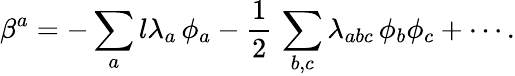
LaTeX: \beta^{a}=-\sum_{a}l\lambda_{a}\, \phi_{a}-\frac{1}{2}\, \sum_{b,c}\lambda_{abc}\, \phi_{b}\phi_{c}+\cdots.